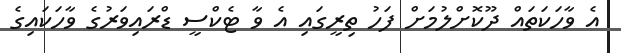
އެ ވާހަކަތައް ދޫކޮށްލުމަށް ފަހު ތިރީގައި އެ ވާ ޓެކްސީ ޑްރައިވަރުގެ ވާހަކައިގެ